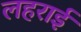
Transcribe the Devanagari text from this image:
लहराई